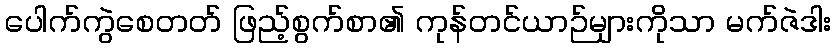
ပေါက်ကွဲစေတတ် ဖြည့်စွက်စာ၏ ကုန်တင်ယာဉ်များကိုသာ မက်ဇဲဒါး